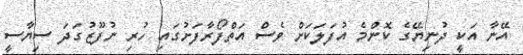
އޭނާ އަކީ ދުނިޔޭގެ ކޮންމެ އުފަލަކަށް ވެސް އަތްފޯރާފަށުގައި ހުރި ނުފޫޒުގަދަ ސިޔާސީ